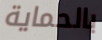
بالحماية